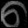
Digit: ၈